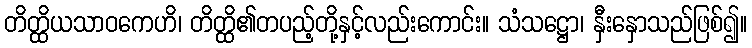
တိတ္ထိယသာဝကေဟိ၊ တိတ္ထိ၏တပည့်တို့နှင့်လည်းကောင်း။ သံသဋ္ဌော၊ နှီးနှောသည်ဖြစ်၍။